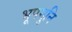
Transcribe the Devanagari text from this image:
भूपमुनि